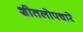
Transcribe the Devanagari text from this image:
शीतलोपचारे